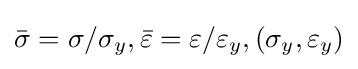
{\bar {\sigma }}=\sigma /\sigma _{y},{\bar {\varepsilon }}=\varepsilon /\varepsilon _{y},\left(\sigma _{y},\varepsilon _{y}\right)